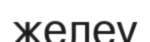
желеу